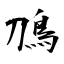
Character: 鳭